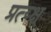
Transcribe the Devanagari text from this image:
प्रत्य्क्ष्